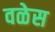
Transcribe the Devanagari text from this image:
वळेस